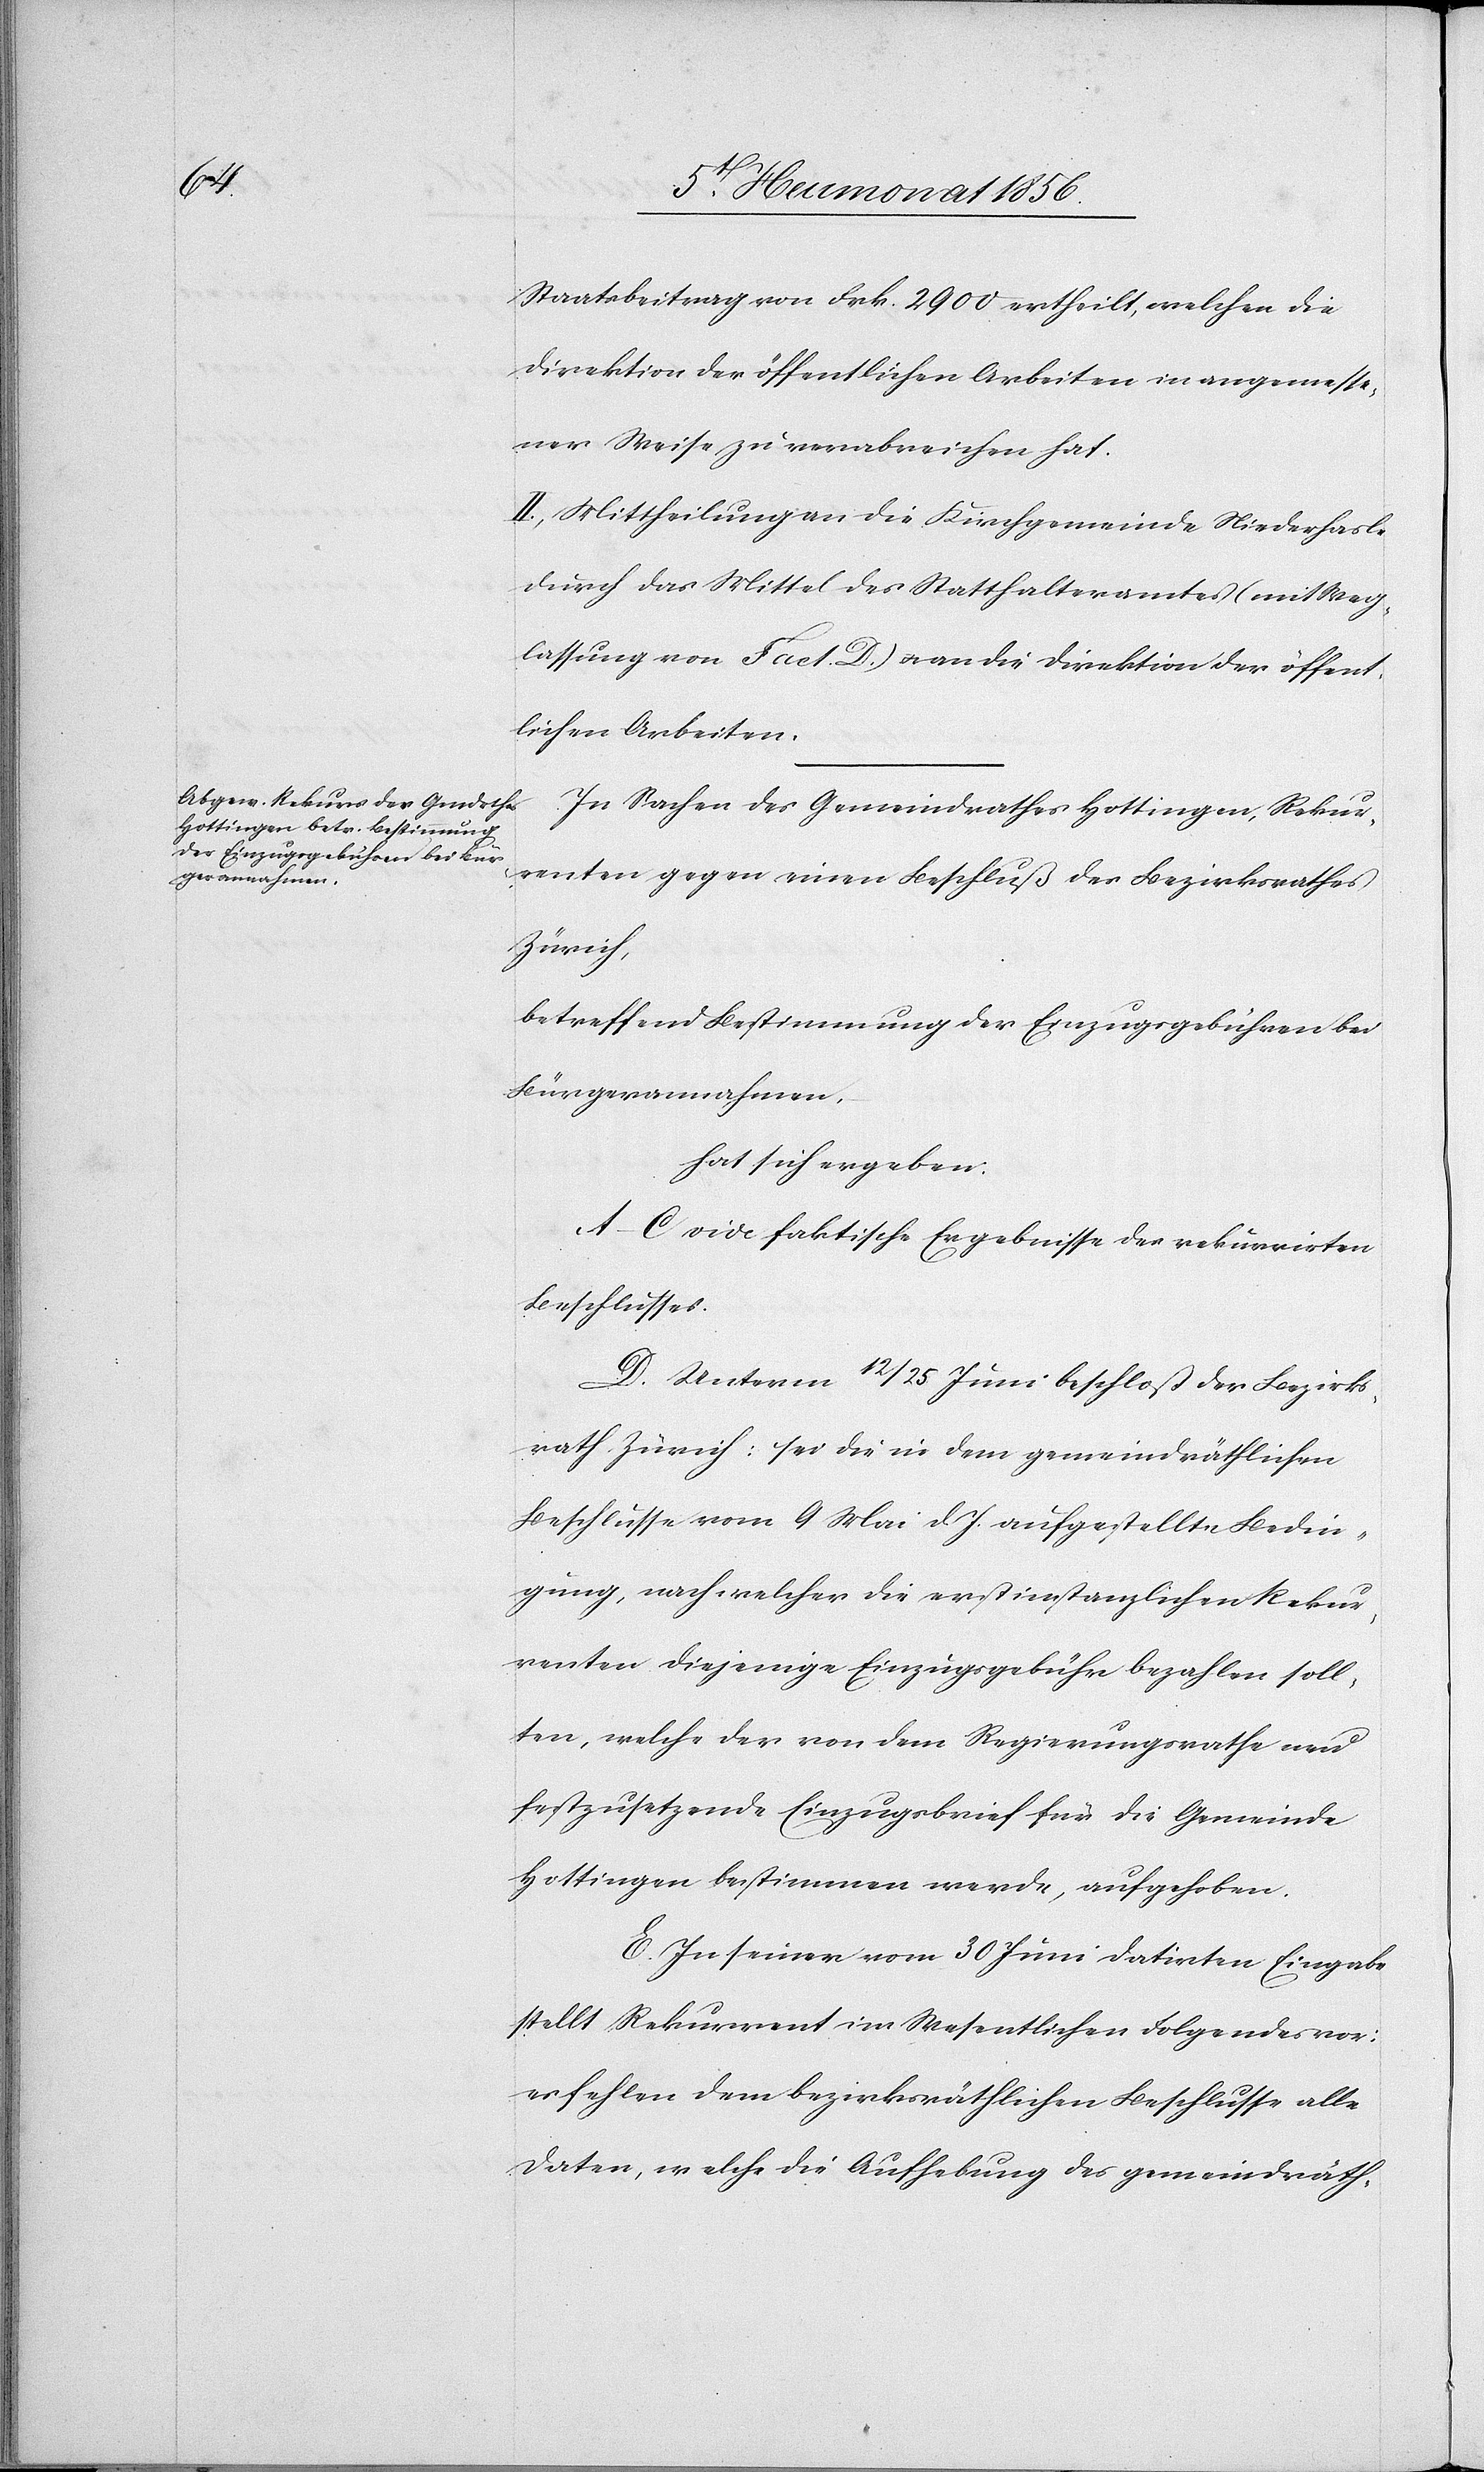
Staatsbeitrag von Frk. 2900 ertheilt, welchen die
Direktion der öffentlichen Arbeiten in angemesse¬
ner Weise zu verabreichen hat.
II. Mittheilung an die Kirchgemeinde Niederhasle
durch das Mittel des Statthalteramtes (mit Weg¬
lassung von Fact. D.) u. an die Direktion der öffent¬
lichen Arbeiten.
In Sachen des Gemeindrathes Hottingen, Rekur¬
renten gegen einen Beschluß des Bezirksrathes
Zürich,
betreffend Bestimmung der Einzugsgebühren bei
Bürgerannahmen,
hat sich ergeben:
A–C. vide faktische Ergebnisse des rekurrirten
Beschlusses.
D. Unterm 12/25 Juni beschloß der Bezirks¬
rath Zürich: sei die in dem gemeindräthlichen
Beschlusse vom 9 Mai d. J. aufgestellte Bedin¬
gung, nach welcher die erstinstanzlichen Rekur¬
renten diejenige Einzugsgebühr bezahlen soll¬
ten, welche der von dem Regierungsrathe neu
festzusetzende Einzugsbrief für die Gemeinde
Hottingen bestimmen werde, aufgehoben.
E. In seiner vom 30 Juni datirten Eingabe
stellt Rekurrent im Wesentlichen Folgendes vor:
es fehlen dem bezirksräthlichen Beschlusse alle
Daten, welche die Aufhebung des gemeindräth-